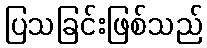
ပြသခြင်းဖြစ်သည်